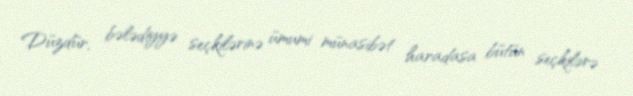
Düzdür, bələdiyyə seçkilərinə ümumi münasibət haradasa bütün seçkilərə